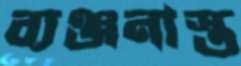
ব্যঞ্জনাস্ত